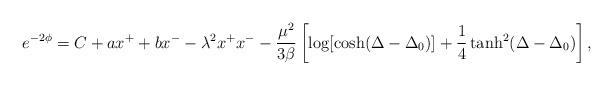
LaTeX: \begin{align*}e^{-2\phi} = C + a x^+ + b x^- -\lambda^2 x^+ x^- -\frac{\mu^2}{3\beta} \left[\log[{\cosh({\Delta - \Delta_0})}]+\frac{1}{4} \tanh^2({\Delta - \Delta_0}) \right],\end{align*}